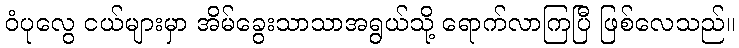
ဝံပုလွေ ငယ်များမှာ အိမ်ခွေးသာသာအရွယ်သို့ ရောက်လာကြပြီ ဖြစ်လေသည်။